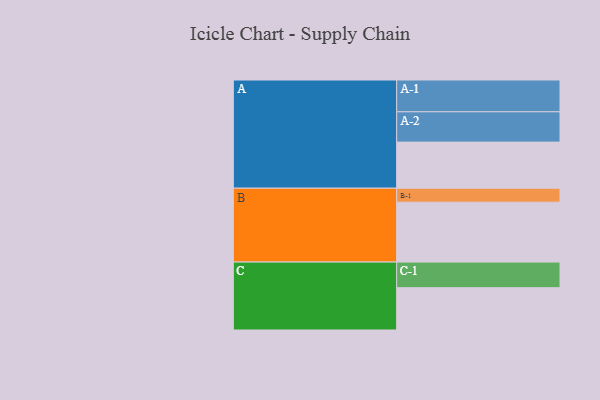
{"axis": {"x": "Segment", "y": "Value"}, "legend": ["", "A", "B", "C"], "data": [{"x": "A", "y": 412, "type": ""}, {"x": "B", "y": 535, "type": ""}, {"x": "C", "y": 378, "type": ""}, {"x": "A-1", "y": 284, "type": "A"}, {"x": "A-2", "y": 271, "type": "A"}, {"x": "B-1", "y": 125, "type": "B"}, {"x": "C-1", "y": 229, "type": "C"}]}